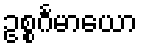
ဥစ္စင်္ဂမာယော